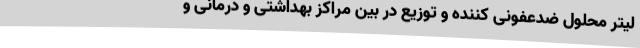
لیتر محلول ضدعفونی کننده و توزیع در بین مراکز بهداشتی و درمانی و